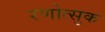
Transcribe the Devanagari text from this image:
रणोत्सुक